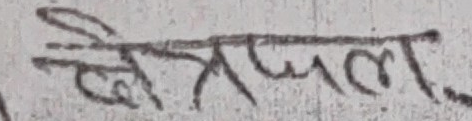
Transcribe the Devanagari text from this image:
क्षेत्रफल